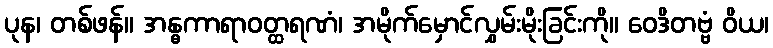
ပုန၊ တစ်ဖန်။ အန္ဓကာရာဝတ္ထရဏံ၊ အမိုက်မှောင်လွှမ်းမိုးခြင်းကို။ ဝေဒိတဗ္ဗံ ဝိယ၊